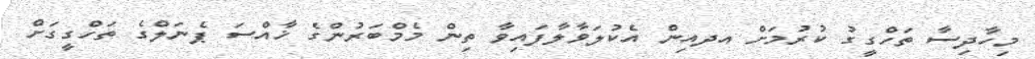
މިހާދިސާ ތަހްގީގު ކުރުމަށް އދއިން އެކުލަވާލާފައިވާ ތިން މެމްބަރުންގެ ޚާއްސަ ޕެނަލްގެ ތަހްގީގަށް